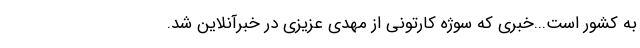
به کشور است...خبری که سوژه کارتونی از مهدی عزیزی در خبرآنلاین شد.